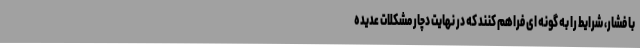
با فشار، شرایط را به گونه ای فراهم کنند که در نهایت دچار مشکلات عدیده